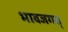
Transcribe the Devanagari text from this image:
भावजगत्